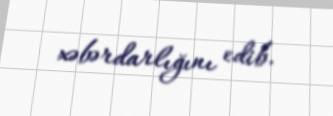
xəbərdarlığını edib.